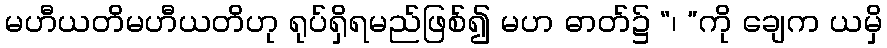
မဟီယတိမဟီယတိဟု ရုပ်ရှိရမည်ဖြစ်၍ မဟ ဓာတ်၌ “၊ ”ကို ချေက ယမှိ